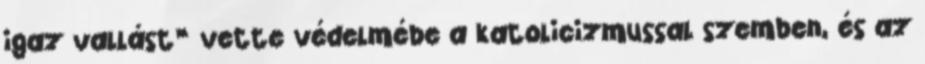
igaz vallást” vette védelmébe a katolicizmussal szemben, és az